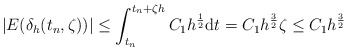
\begin{align*} |E(\delta_h(t_n,\zeta))|\leq \int_{t_n}^{t_n+\zeta h}C_1h^{\frac{1}{2}}{\rm d}t=C_1h^{\frac{3}{2}}\zeta\leq C_1h^{\frac{3}{2}}\end{align*}